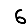
Digit: 6